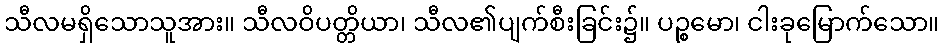
သီလမရှိသောသူအား။ သီလဝိပတ္တိယာ၊ သီလ၏ပျက်စီးခြင်း၌။ ပဉ္စမော၊ ငါးခုမြောက်သော။